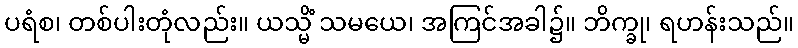
ပရံစ၊ တစ်ပါးတုံလည်း။ ယသ္မိံ သမယေ၊ အကြင်အခါ၌။ ဘိက္ခု၊ ရဟန်းသည်။